Civil Veterinary Dept. Assam report 1911-1927 - 1911-1927
Year: 1911
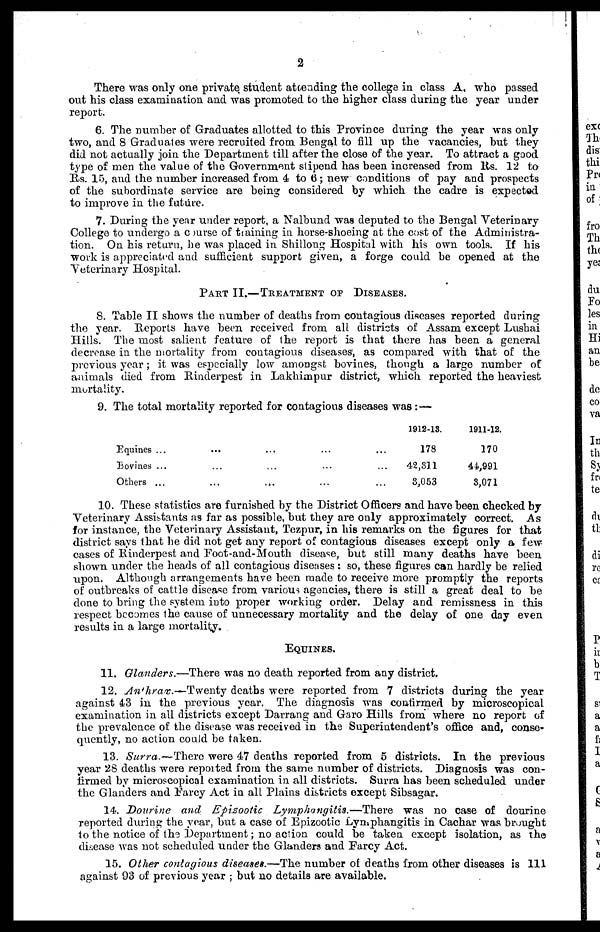
2
There was only one private student attending the college in class A, who passed
out his class examination and was promoted to the higher class during the year under
report.
6. The number of Graduates allotted to this Province during the year was only
two, and 8 Graduates were recruited from Bengal to fill up the vacancies, but they
did not actually join the Department till after the close of the year. To attract a good
type of men the value of the Government stipend has been increased from Rs. 12 to
Rs. 15, and the number increased from 4 to 6; new conditions of pay and prospects
of the subordinate service are being considered by which the cadre is expected
to improve in the future.
7. During the year under report, a Nalbund was deputed to the Bengal Veterinary
College to undergo a course of training in horse-shoeing at the cost of the Administra-
tion. On his return, he was placed in Shillong Hospital with his own tools. If his
work is appreciated and sufficient support given, a forge could be opened at the
Veterinary Hospital.
PART II.—TREATMENT OF DISEASES.
8. Table II shows the number of deaths from contagious diseases reported during
the year. Reports have been received from all districts of Assam except Lushai
Hills. The most salient feature of the report is that there has been a general
decrease in the mortality from contagious diseases, as compared with that of the
previous year; it was especially low amongst bovines, though a large number of
animals died from Rinderpest in Lakhimpur district, which reported the heaviest
mortality.
9. The total mortality reported for contagious diseases was: —
Equines ...
Bovines ...
Others ...
...
...
...
...
...
...
...
...
...
...
...
...
1912-13.
178
42,311
3,053
1911-12.
170
44,991
8,071
10. These statistics are furnished by the District Officers and have been checked by
Veterinary Assistants as far as possible, but they are only approximately correct. As
for instance, the Veterinary Assistant, Tezpur, in his remarks on the figures for that
district says that he did not get any report of contagious diseases except only a few
cases of Rinderpest and Foot-and-Mouth disease, but still many deaths have been
shown under the heads of all contagious diseases : so, these figures can hardly be relied
upon. Although arrangements have been made to receive more promptly the reports
of outbreaks of cattle disease from various agencies, there is still a great deal to be
done to bring the system into proper working order. Delay and remissness in this
respect becomes the cause of unnecessary mortality and the delay of one day even
results in a large mortality.
EQUINES.
11. Glanders.—There was no death reported from any district.
12. Anthrax.—Twenty
deaths were reported from 7 districts during the year
against 43 in the previous year. The diagnosis was confirmed by microscopical
examination in all districts except Darrang and Garo Hills from where no report of
the prevalence of the disease was received in the Superintendent's office and, conse-
quently, no action could be taken.
13. Surra.—There were 47 deaths reported from 5 districts. In the previous
year 28 deaths were reported from the same number of districts. Diagnosis was con-
firmed by microscopical examination in all districts. Surra has been scheduled under
the Glanders and Farcy Act in all Plains districts except Sibsagar.
14. Douritte and Epzootic
Lymphangitis.—There
was no case of dourine
reported during the year, but a case of Epizootic Lymphangitis in Cachar was brought
to the notice of the Department; no action could be taken except isolation, as the
disease was not scheduled under the Glanders and Farcy Act.
15. Other contagious diseases.—The number of deaths from other diseases is 111
against 93 of previous year ; but no details are available.